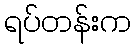
ရပ်တန်းက